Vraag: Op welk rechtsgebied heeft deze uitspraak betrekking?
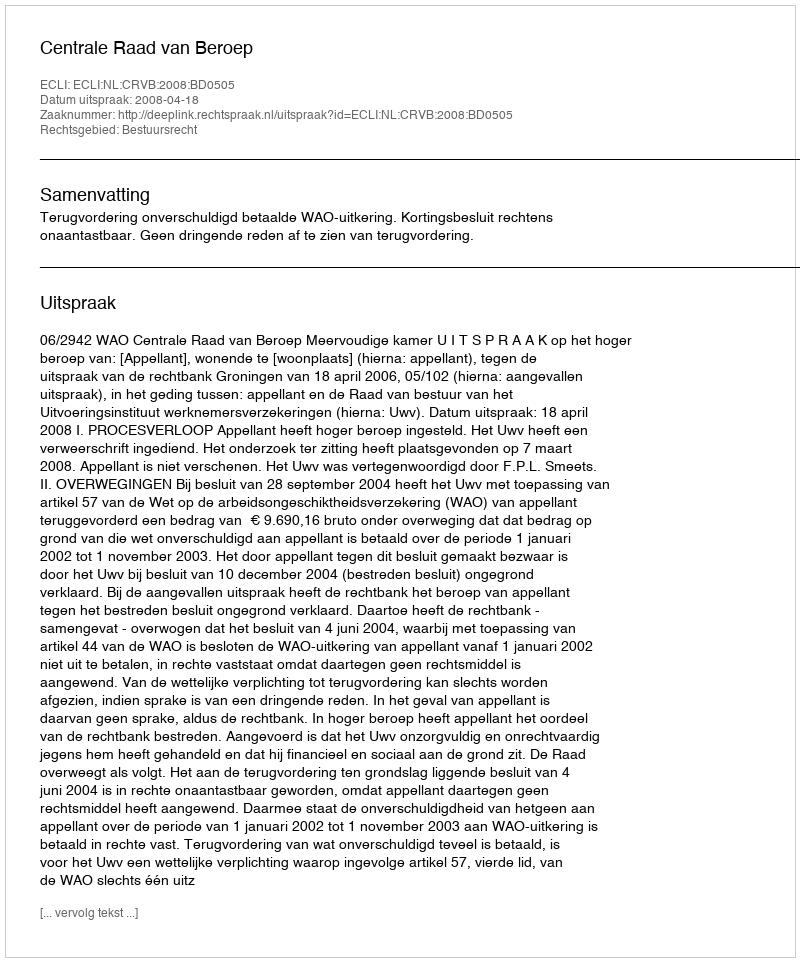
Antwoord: Bestuursrecht